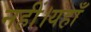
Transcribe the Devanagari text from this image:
नहीं।यहाँ